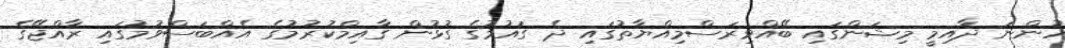
ހުންނަ ދާއިމީ މިޝަންގައި ބޭއްވިރަސްމިއްޔާތުގައި ދެ ގައުމުގެ ގުޅުން ގާއިމްކުރުމުގެ އެއްބަސްވުމުގައި ރާއްޖޭގެ